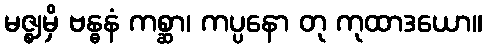
မဇ္ဈမှိ ဗန္ဓနံ ကစ္ဆာ၊ ကပ္ပနော တု ကုထာဒယော။